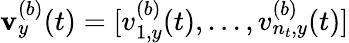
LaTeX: \mathbf v_{y}^{(b)}(t)=[v_{1,y}^{(b)}(t),...,v_{n_{t},y}^{(b)}(t)]